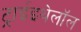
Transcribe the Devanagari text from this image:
ट्राईइथेलॉल